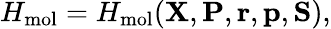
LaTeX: H_{\mathrm{mol}}=H_{\mathrm{mol}}({\mathbf{X}},{\mathbf{P}},{\mathbf{r}},{\mathbf{p}},{\mathbf{S}}),